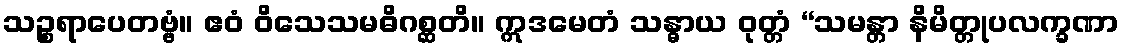
သဉ္စရာပေတဗ္ဗံ။ ဧဝံ ဝိသေသမဓိဂစ္ဆတိ။ ဣဒမေတံ သန္ဓာယ ဝုတ္တံ “သမန္တာ နိမိတ္တုပလက္ခဏာ